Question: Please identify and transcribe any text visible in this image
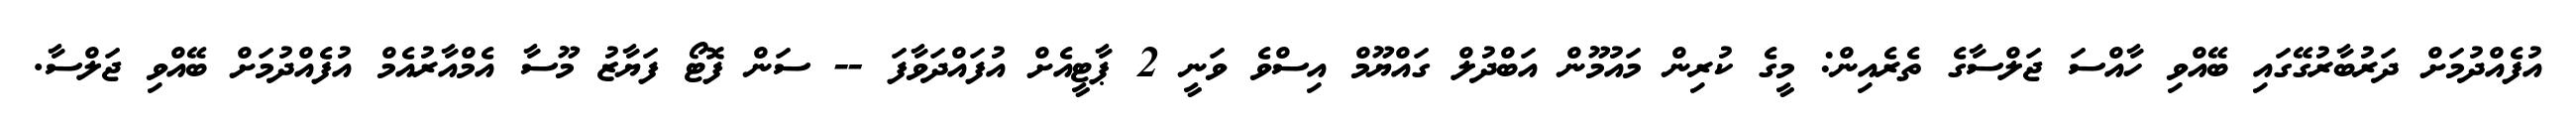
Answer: އުފެއްދުމަށް ދަރުބާރުގޭގައި ބޭއްވި ހާއްސަ ޖަލްސާގެ ތެރެއިން: މީގެ ކުރިން މައުމޫން އަބްދުލް ގައްޔޫމް އިސްވެ ވަނީ 2 ޕާޓީއެށް އުފައްދަވާފަ -- ސަން ފޮޓޯ ފަޔާޒު މޫސާ އެމްއާރުއެމް އުފެއްދުމަށް ބޭއްވި ޖަލްސާ.